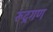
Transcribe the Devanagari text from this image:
रूद्रगण